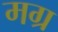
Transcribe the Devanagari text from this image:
मग्र